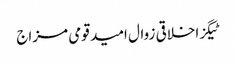
ٹیگزاخلاقی زوال امید قومی مزاج